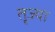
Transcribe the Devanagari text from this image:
तृज्या